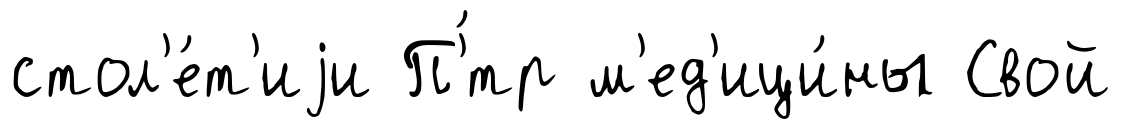
стол'е́т'иjи П'́тр м'ед'ици́ны Свой